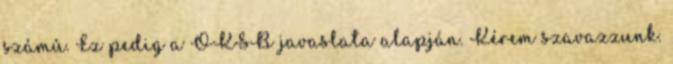
számú. Ez pedig a OKSB javaslata alapján. Kérem szavazzunk.